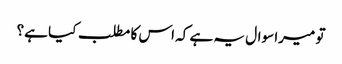
تو میرا سوال یہ ہے کہ اس کا مطلب کیا ہے؟